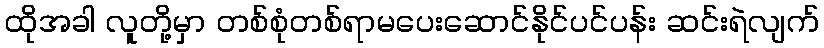
ထိုအခါ လူတို့မှာ တစ်စုံတစ်ရာမပေးဆောင်နိုင်ပင်ပန်း ဆင်းရဲလျက်